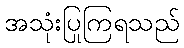
အသုံးပြုကြရသည်